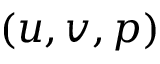
( u , v , p )